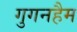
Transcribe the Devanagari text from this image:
गुगनहैम